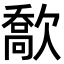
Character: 𣤙